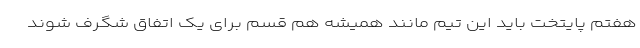
هفتم پایتخت باید این تیم مانند همیشه هم قسم برای یک اتفاق شگرف شوند